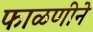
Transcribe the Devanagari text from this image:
फाळणीने